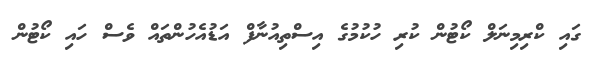
ގައި ކްރިމިނަލް ކޯޓުން ކުރި ހުކުމުގެ އިސްތިއުނާފް އަޑުއެހުންތައް ވެސް ހައި ކޯޓުން